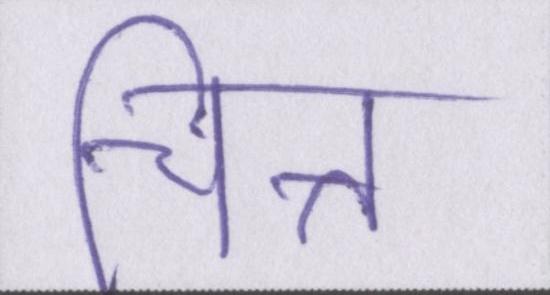
चित्त